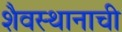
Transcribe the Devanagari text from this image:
शैवस्थानाची